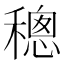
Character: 𥡥